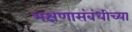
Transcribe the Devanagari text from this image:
भक्षणासंबंधीच्या